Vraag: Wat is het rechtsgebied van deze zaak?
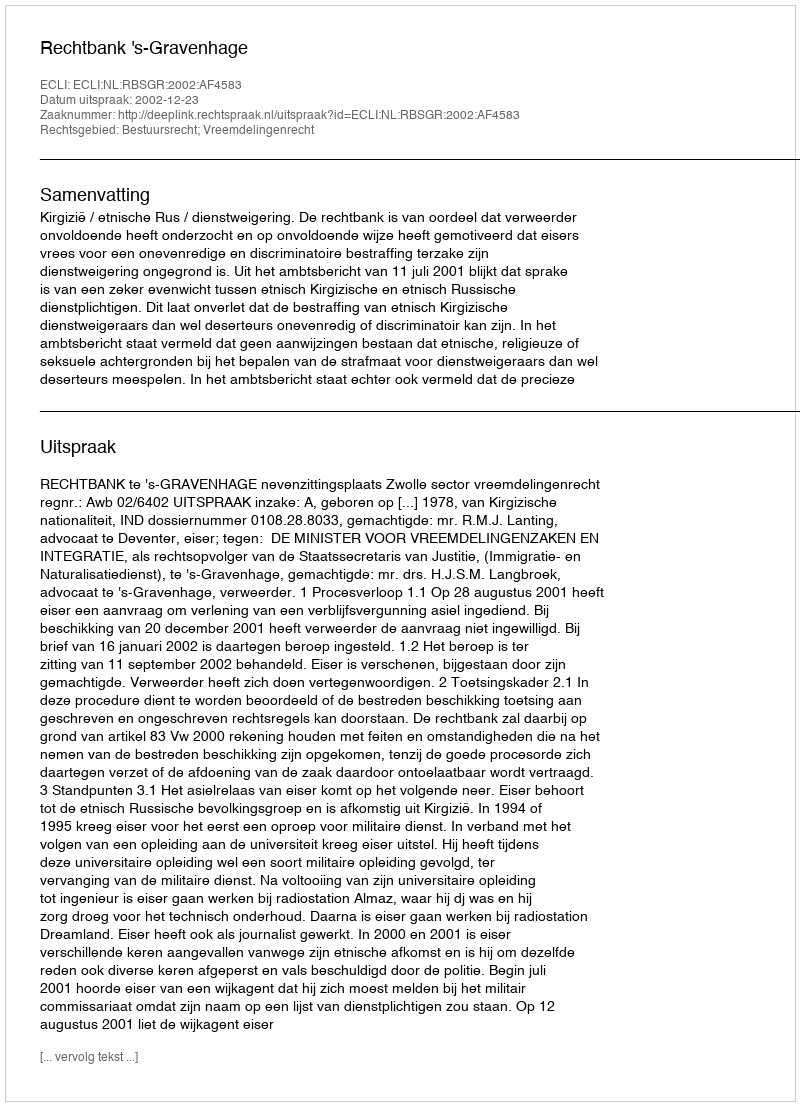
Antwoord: Bestuursrecht; Vreemdelingenrecht